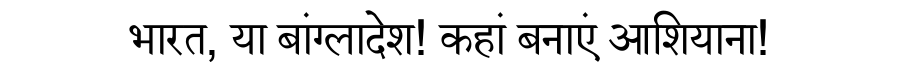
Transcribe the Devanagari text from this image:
भारत, या बांग्लादेश! कहां बनाएं आशियाना!